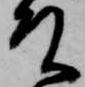
殿